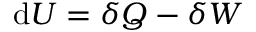
\mathrm { d } U = \delta Q - \delta W